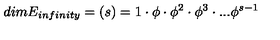
d i m E _ { i n f i n i t y } = ( s ) = 1 \cdot \phi \cdot \phi ^ { 2 } \cdot \phi ^ { 3 } \cdot . . . \phi ^ { s - 1 }